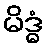
မိဒ္ဓံ